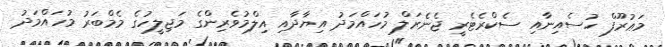
މަޢުރޫފް ހުސެއިނާއި ސެކްރެޓެރީ ޖެނެރަލް މުހައްމަދު އިޔާދާއި އިލްމުވެެެރިންގެ މަޖިލީހުގެ މެމްބަރު މުހައްމަދު